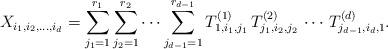
LaTeX: \begin{align*}X_{i_1,i_2,\dots,i_d} &= \sum_{j_1=1}^{r_1} \sum_{j_2=1}^{r_2} \cdots \sum_{j_{d-1}=1}^{r_{d-1}}T^{(1)}_{1,i_1,j_1} \, T^{(2)}_{j_1,i_2,j_2} \, \cdots \, T^{(d)}_{j_{d-1},i_d,1}.\end{align*}